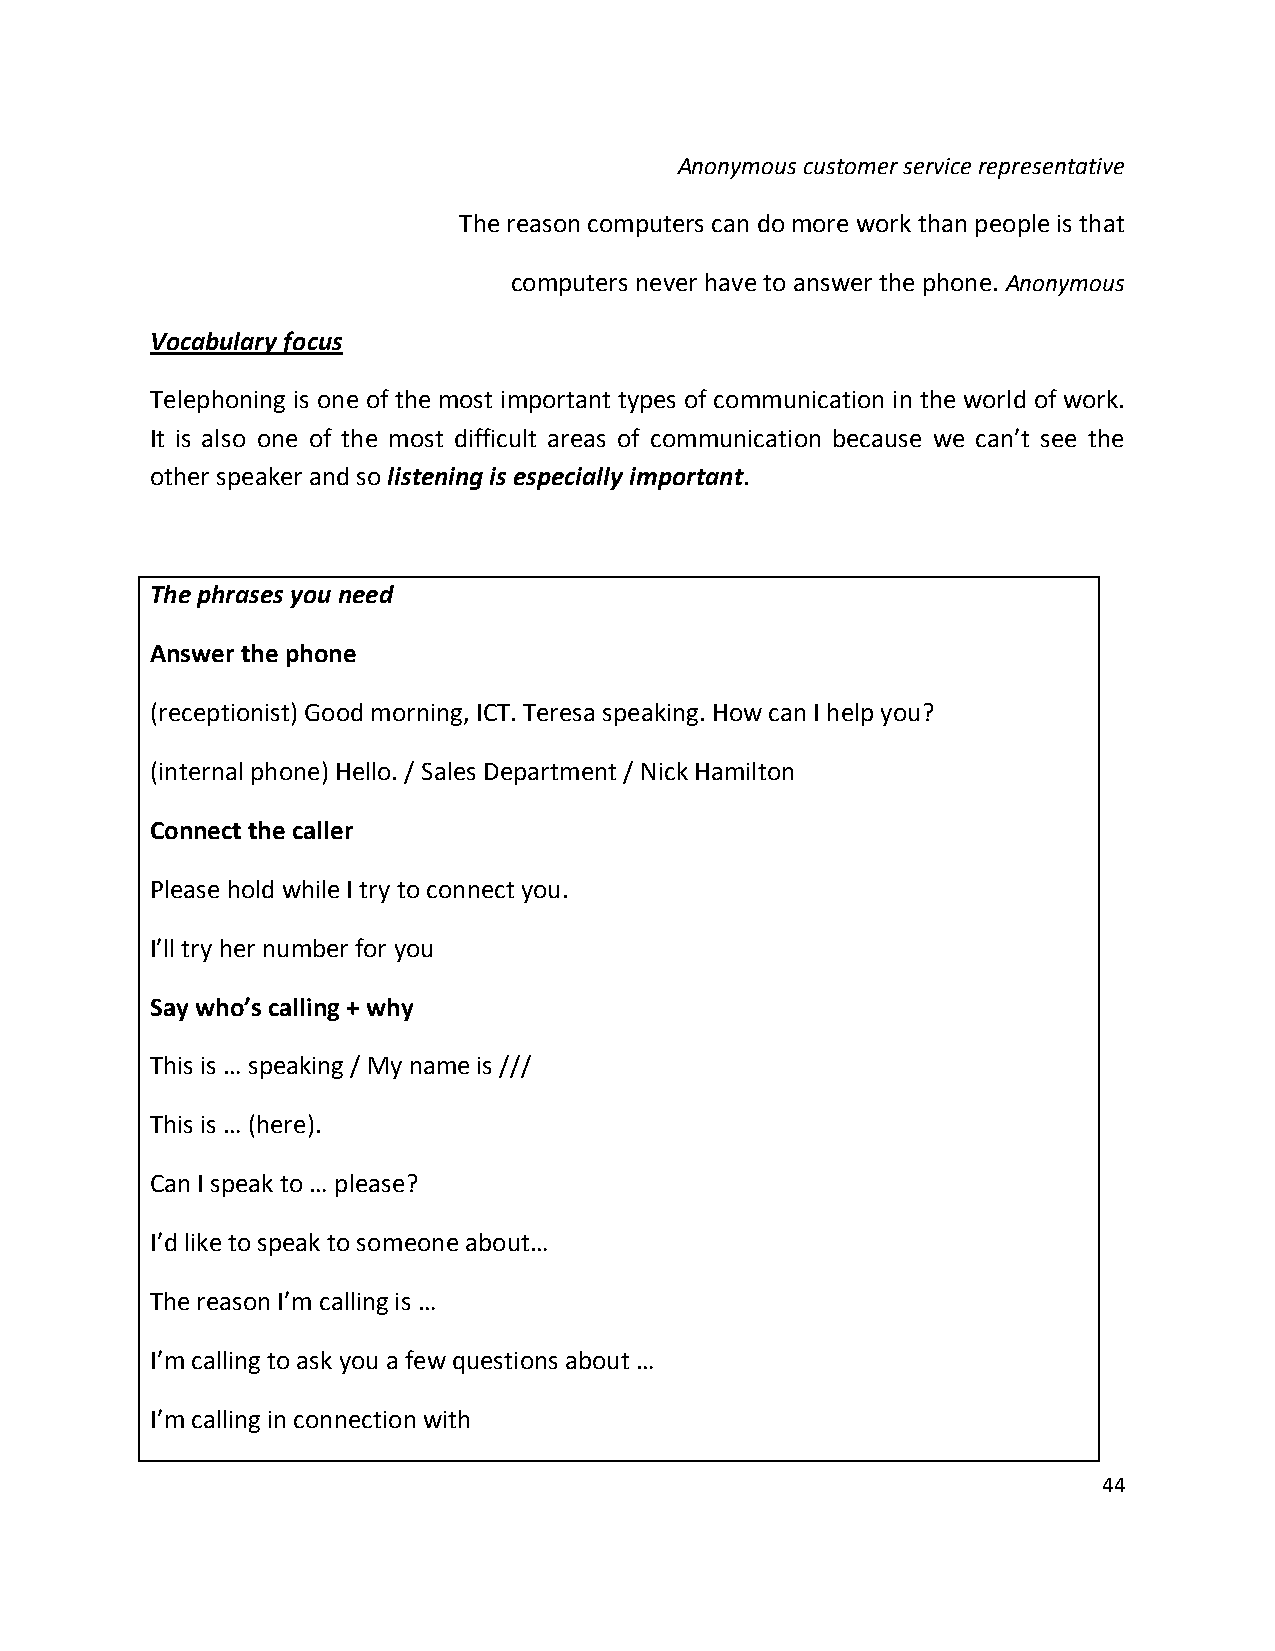
Anonymous customer service representative
 The reason computers can do more work than people is that
 computers never have to answer the phone. Anonymous
 Vocabulary focus
 Telephoning is one of the most important types of communication in the world of work.
 It is also one of the most difficult areas of communication because we can’t see the
 other speaker and so listening is especially important.
 The phrases you need
 Answer the phone
 (receptionist) Good morning, ICT. Teresa speaking. How can I help you?
 (internal phone) Hello. / Sales Department / Nick Hamilton
 Connect the caller
 Please hold while I try to connect you.
 I’ll try her number for you
 Say who’s calling + why
 This is … speaking / My name is ///
 This is … (here).
 Can I speak to … please?
 I’d like to speak to someone about…
 The reason I’m calling is …
 I’m calling to ask you a few questions about …
 I’m calling in connection with
 44